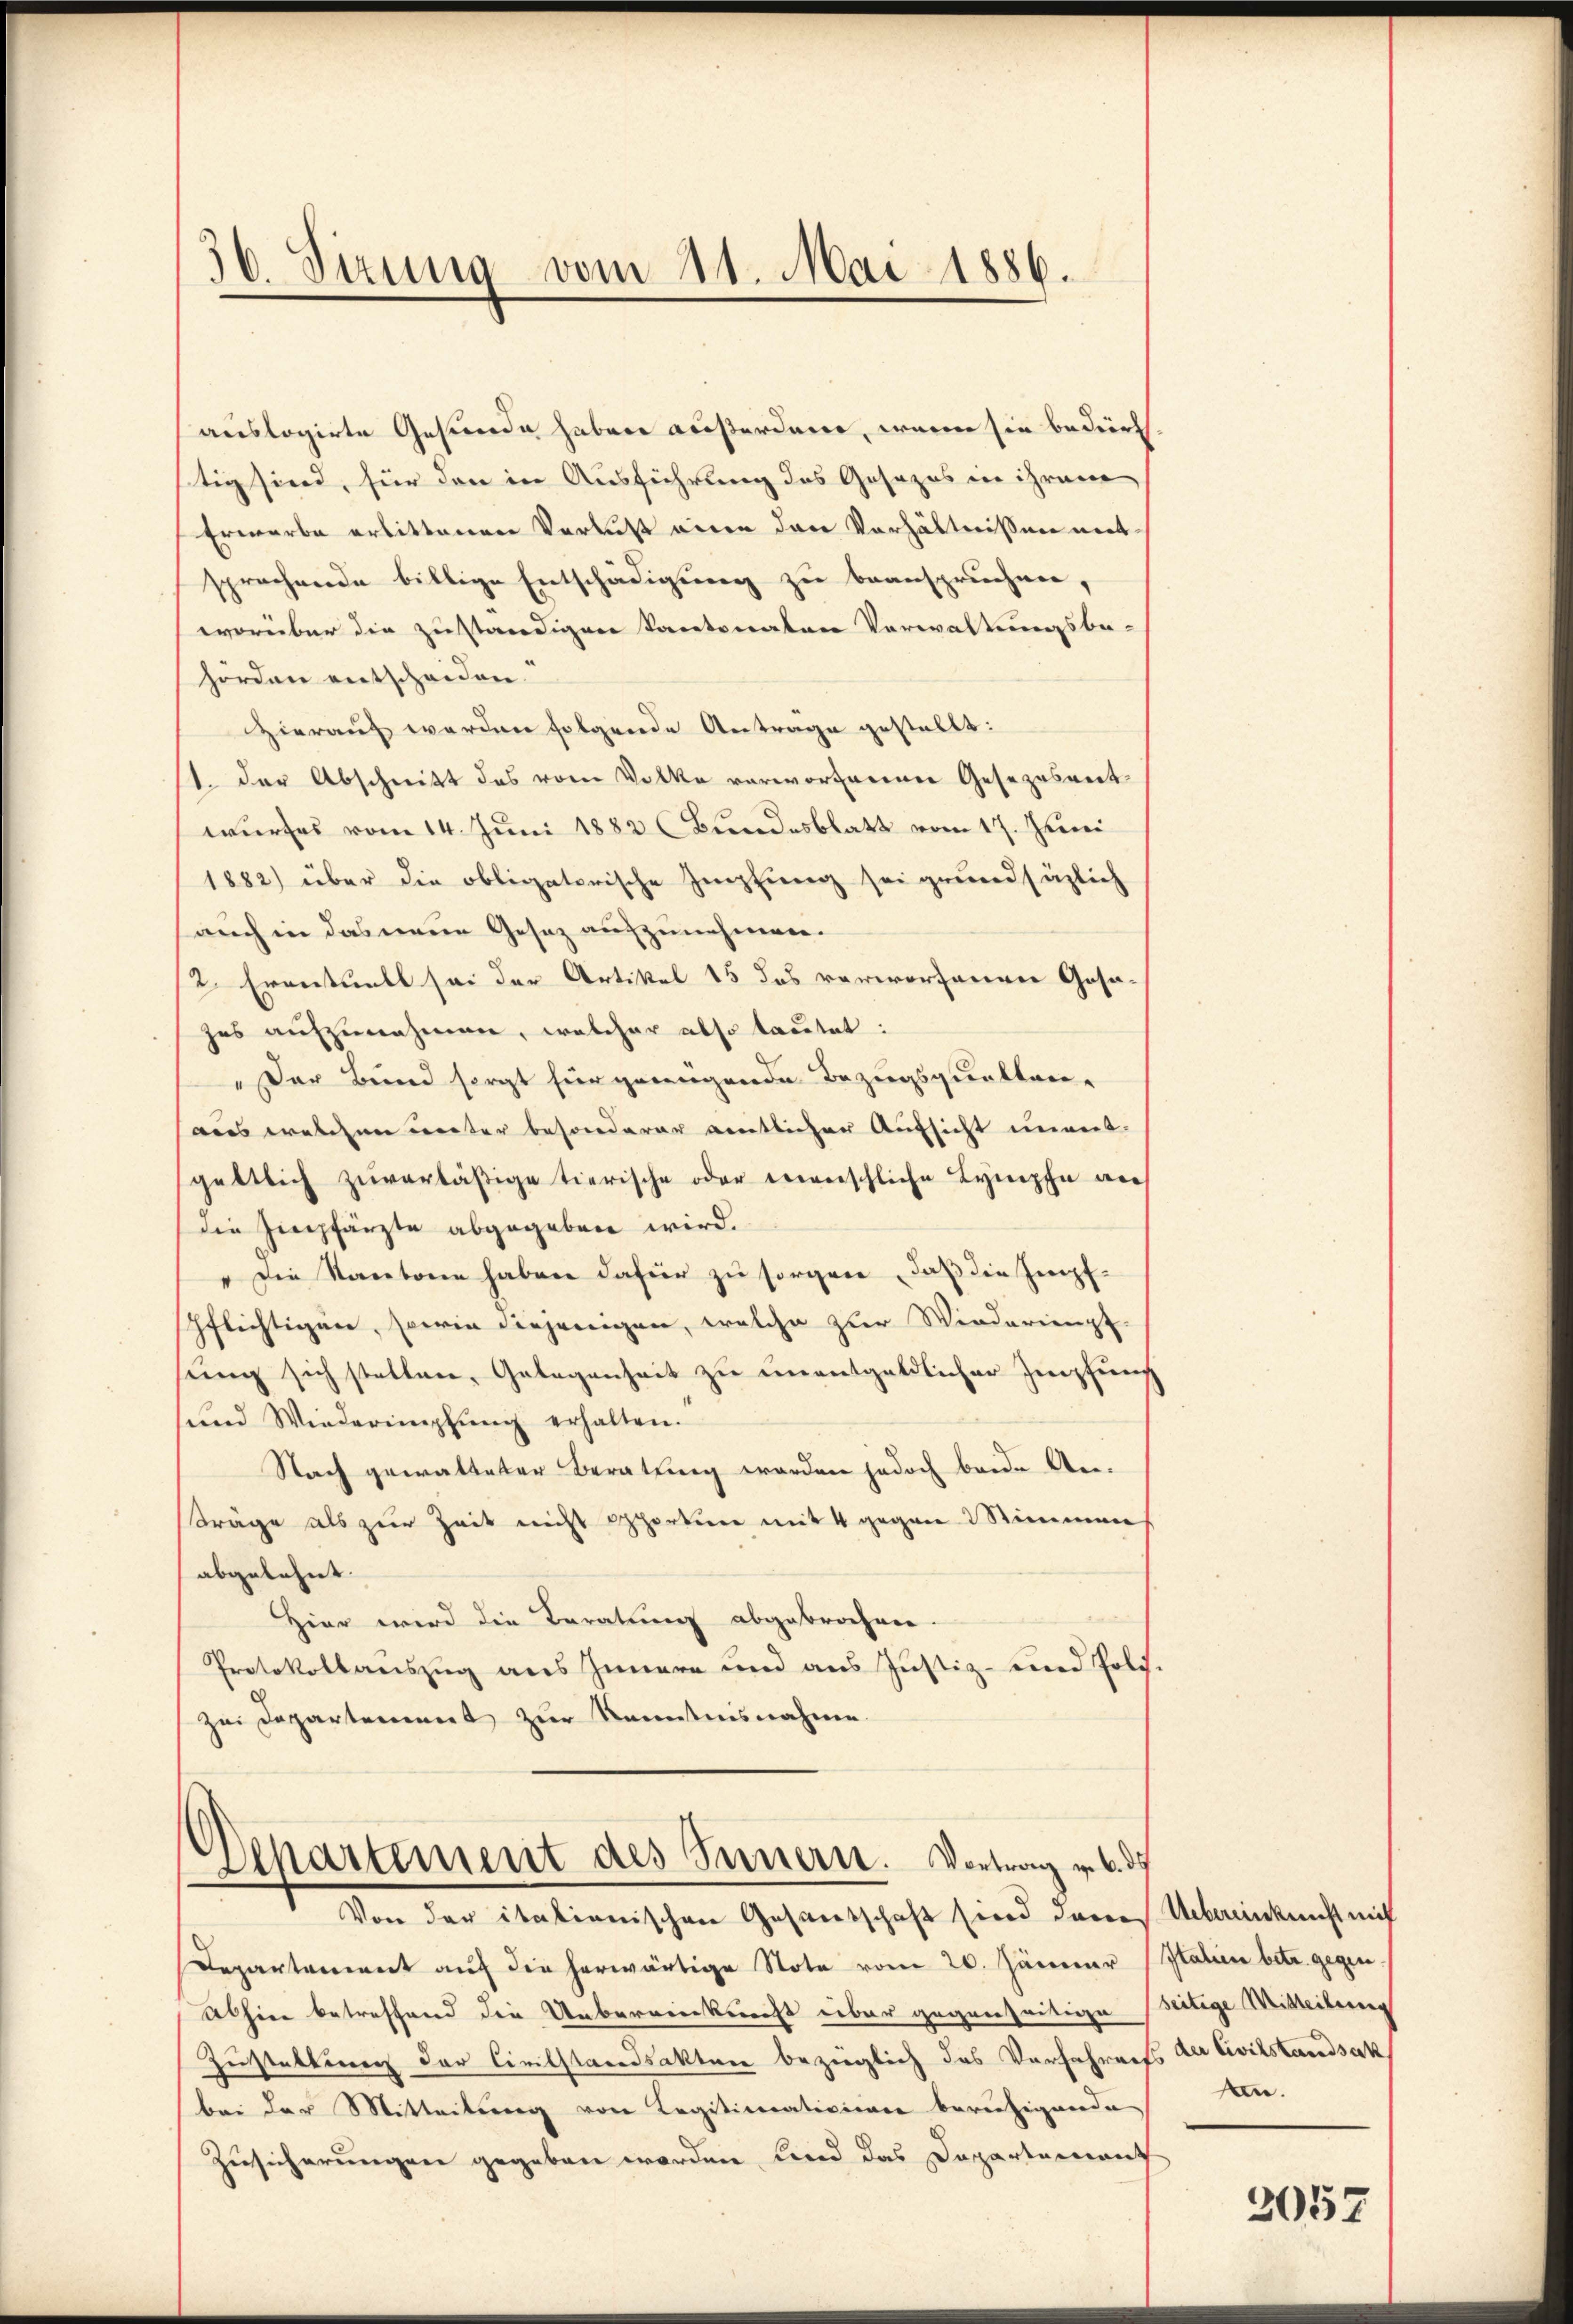
36. Sirung vom 21. Mai 1886.

auslagirte Gestende haben außerderer, wenn sie bedürf
tig sind, für den in Ausführung des Gesezes in ihrem
Erwarbe erbittenen Verlust eine den Verhältnissen mit
sprechende billige Entschädigung zu beanspruchen,
worüber die zuständigen kantonalen Verwaltungsbe-
hörden entscheiden.
Hierauf werden folgende Antrage gestellt:
1. der Abschnitt das vom Volke vorworferner Gesezesvert
wurfes vom 14. Juni 1882 (Bundesblatt vom 17. Juni
1882) über die obligatorische Impfung sei grundsätzlich
auch in das neue Gesez aufzunehmen.
/2. Eventuell sei der Artikel 15 das vorworferner Gesazes aufzunehmen, welcher also lautet:
" Der Bund sorgt hier genügende Bezugsquattrei-
aus welchen unter besonderer amtlicher Aufsicht unvert-
gettlich zŭverläβige tierische oder erweischliche Lymphe auch
die Empfärzte abgegeben wird.
Die Kantone haben dafür zu sorgen, daß die Impfspflichtigen, sowie diejenigen, welche zur Wiederienpf-
sung sich statten, Gelegenheit zu unentgeldlicher Impfung
sund Wiederimpfŭng erhalten.
Nach gewalteter Beratung worden jedoch beide Anträge als zur Zeit nicht opportiren mit 4 gegen Stimmen
abgelehnt.
Hier wird die Beratung abgebrochen.
Protokollauszug aus Innern und aus Justiz- und Polis.
Zei Departement zur Kenntnisnahme.

Departement des Innern. Vortrag u. b. d
Von der itationischen Gesandschaft sind danes Uebereinkunft mit

Departement auf die herwärtige Note vom 20. Jänner Italien betr. gegen
Alhier betreffend die Uebereinkrecht über gegenseitige Bertige Witteilering
Zustaltung der Civilstandsakten bezüglich das Verfahrens der Civilstandsak
bei der Mitteilung von Legitimerativiener beruhigenden An-
Zusicherungen gegeben worden und das Departement

3057